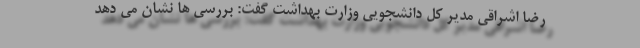
رضا اشراقی مدیر کل دانشجویی وزارت بهداشت گفت: بررسی ها نشان می دهد